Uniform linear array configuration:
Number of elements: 16
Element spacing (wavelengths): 0.25
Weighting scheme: hann
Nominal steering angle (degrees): -30
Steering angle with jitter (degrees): -28.285
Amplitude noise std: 0.05
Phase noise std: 0.05

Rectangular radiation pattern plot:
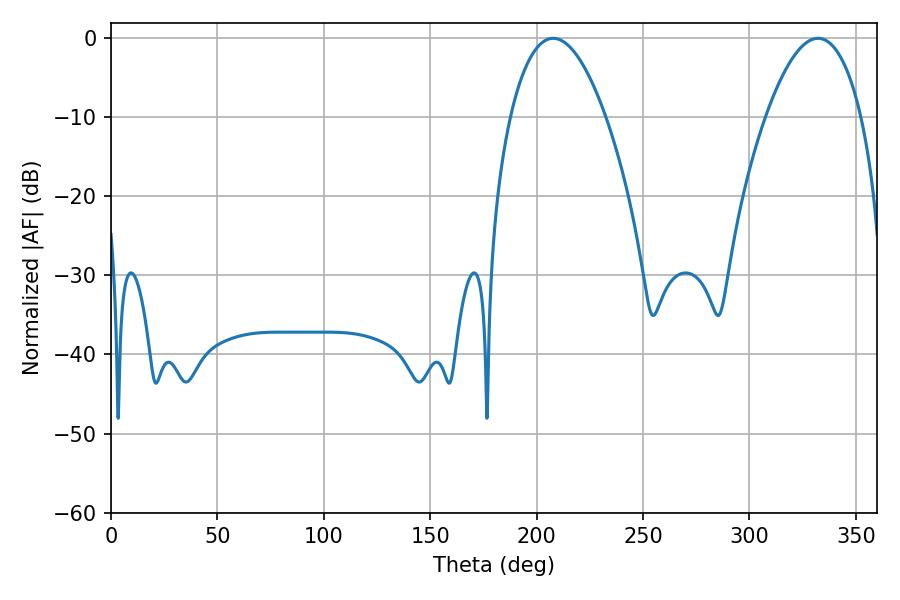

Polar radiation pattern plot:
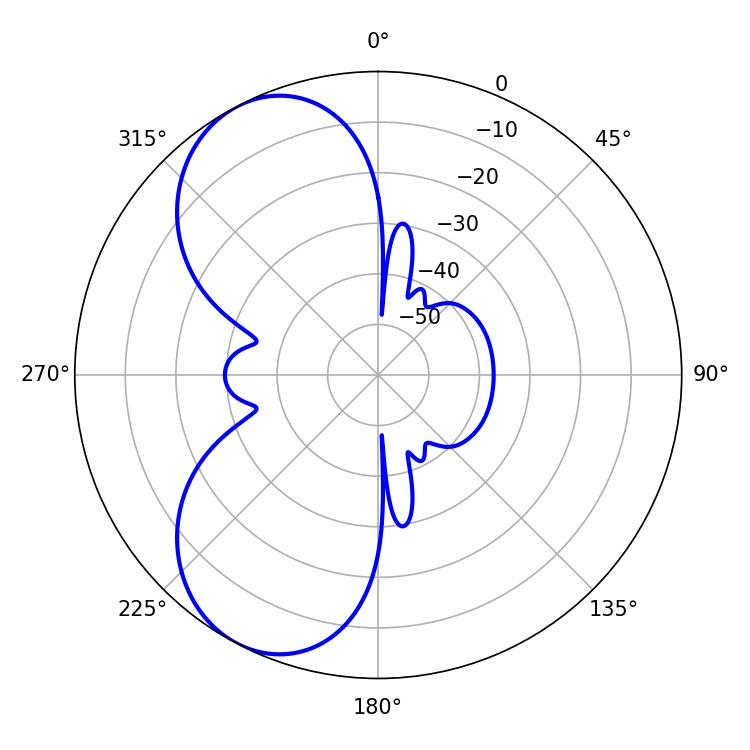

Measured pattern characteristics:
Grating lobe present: FALSE
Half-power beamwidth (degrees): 24.84
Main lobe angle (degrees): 207.72